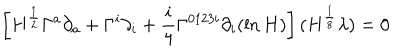
LaTeX: \left[ H ^ { \frac { 1 } { 2 } } \Gamma ^ { a } \partial _ { a } + \Gamma ^ { i } \partial _ { i } + \frac { i } { 4 } \Gamma ^ { 0 1 2 3 i } \partial _ { i } ( \ln H ) \right] ( H ^ { \frac { 1 } { 8 } } \lambda ) = 0